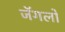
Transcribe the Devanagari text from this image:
जॅगलों